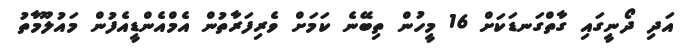
އަދި ދޯނީގައި ގާތްގަނޑަކަށް 16 މީހުން ތިބޭނެ ކަމަށް ވެރިފަރާތުން އެމްއެންޑީއެފުން މައުލޫމާތު